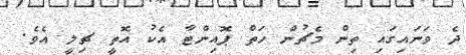
ދެ ވަނައިގައި ތިން މެޗުން ހަތް ޕޮއިންޓާ އެކު އޮތީ ޗިލީ އެވެ.